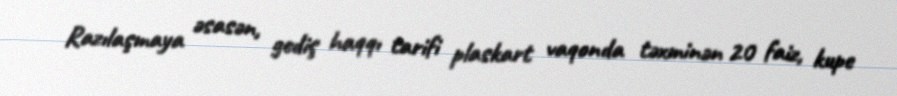
Razılaşmaya əsasən, gediş haqqı tarifi plaskart vaqonda təxminən 20 faiz, kupe